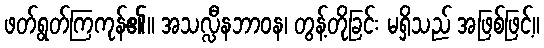
ဖတ်ရွတ်ကြကုန်၏။ အသလ္လီနဘာဝန၊ တွန့်တိုခြင်း မရှိသည် အဖြစ်ဖြင့်။